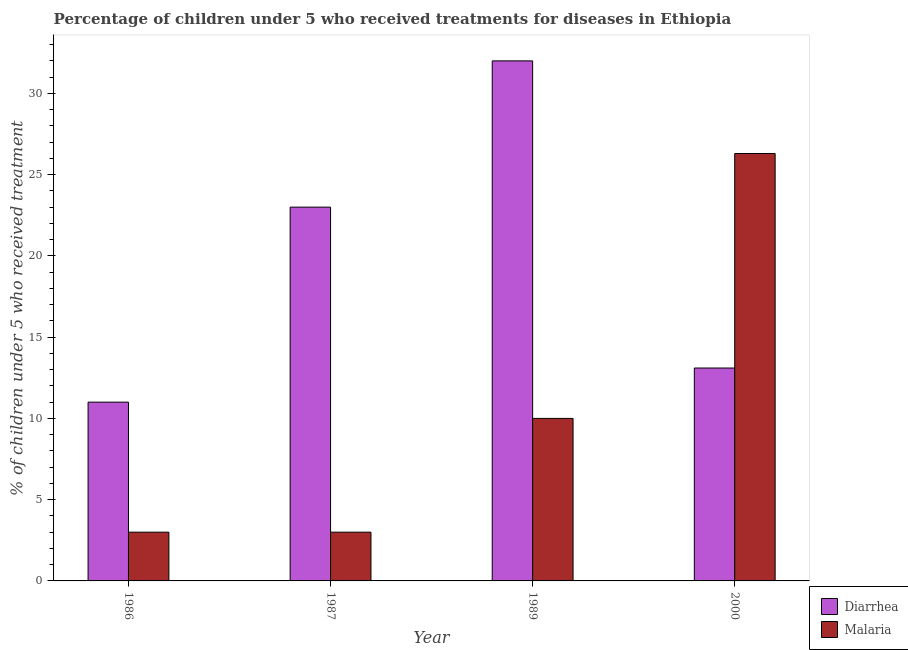
| Year | Diarrhea | Malaria |
 | --- | --- | --- |
 | 1986 | 11 | 3 |
 | 1987 | 23 | 3 |
 | 1989 | 32 | 10 |
 | 2000 | 13.1 | 26.3 |